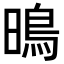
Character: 𭧘